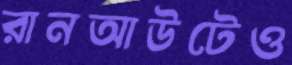
রানআউটেও